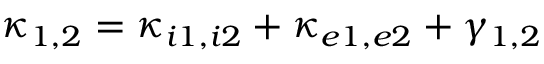
\kappa _ { 1 , 2 } = \kappa _ { i 1 , i 2 } + \kappa _ { e 1 , e 2 } + \gamma _ { 1 , 2 }